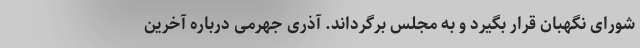
شورای نگهبان قرار بگیرد و به مجلس برگرداند. آذری جهرمی درباره آخرین